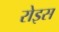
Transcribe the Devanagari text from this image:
रोइस